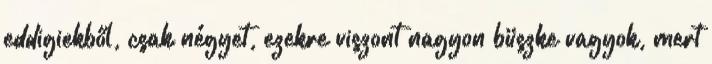
eddigiekből, csak négyet, ezekre viszont nagyon büszke vagyok, mert